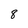
Character: 8